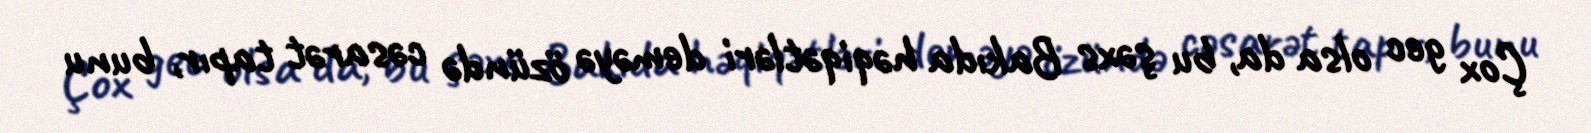
Çox gec olsa da, bu şəxs Bakıda həqiqətləri deməyə özündə cəsarət tapır, bunu